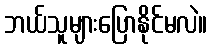
ဘယ်သူများပြောနိုင်မလဲ။